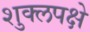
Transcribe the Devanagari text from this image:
शुक्लपक्षे